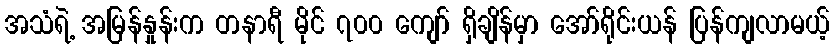
အသံရဲ့ အမြန်နှုန်းက တနာရီ မိုင် ၇၀၀ ကျော် ရှိချိန်မှာ အော်ရိုင်းယန် ပြန်ကျလာမယ့်